Indian journal of veterinary science and animal husbandry - Volumes 15-17, 1948-1951
Year: 1948
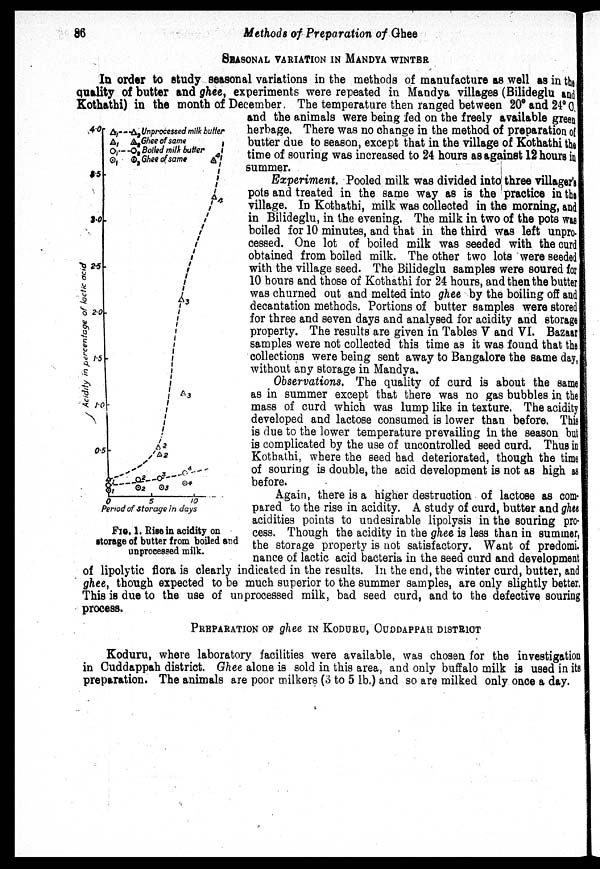
86
Methods of Preparation of Ghee
SEASONAL VARIATION IN MANDYA WINTER
In order to study seasonal variations in the methods of manufacture as well as in the
quality of butter and ghee, experiments were repeated in Mandya villages (Bilideglu and
Kothathi in the month of December. The temperature then ranged between 20° and 24°C.
and the animals were being fed on the freely available green
herbage. There was no change in the method of preparation of
butter due to season, except that in the village of Kothathi the
time of souring was increased to 24 hours as against 12 hours in
summer.
Experiment. Pooled milk was divided into three villager's
pots and treated in the same way as is the practice in the
village. In Kothathi, milk was collected in the morning, and
in Bilideglu, in the evening. The milk in two of the pots was
boiled for 10 minutes, and that in the third was left unpro.
cessed. One lot of boiled milk was seeded with the curd
obtained from boiled milk. The other two lots were seeded
with the village seed. The Bilideglu samples were soured for
10 hours and those of Kothathi for 24 hours, and then the butter
was churned out and melted into ghee by the boiling off and
decantation methods. Portions of butter samples were stored
for three and seven days and analysed for acidity and storage
property. The results are given in Tables V and VI. Bazaar
samples were not collected this time as it was found that the
collections were being sent away to Bangalore the same day,
without any storage in Mandya.
Observations. The quality of curd is about the same
as in summer except that there was no gas bubbles in the
mass of curd which was lump like in texture. The acidity
developed and lactose consumed is lower than before. This
is due to the lower temperature prevailing in the season but
is complicated by the use of uncontrolled seed curd. Thus in
Kothathi, where the seed had deteriorated, though the time
of souring is double, the acid development is not as high as
before.
Again, there is a higher destruction of lactose as com-
pared to the rise in acidity. A study of curd, butter and ghee
acidities points to undesirable lipolysis in the souring pro-
cess. Though the acidity in the ghee is less than in summer,
the storage property is not satisfactory. Want of predomi.
nance of lactic acid bacteria in the seed curd and development
of lipolytic flora is clearly indicated in the results. In the end, the winter curd, butter, and
ghee, though expected to be much superior to the summer samples, are only slightly better.
This is due to the use of unprocessed milk, bad seed curd, and to the defective souring
process.
FIG. 1. Rise in acidity on
storage of butter from boiled and
unprocessed milk.
PREPARATION OF ghee IN KODURU, OUDDAPPAH DISTRICT
Koduru, where laboratory facilities were available, was chosen for the investigation
in Cuddappah district. Ghee alone is sold in this area, and only buffalo milk is used in its
preparation. The animals are poor milkers (3 to 5 1b.) and so are milked only once a day.